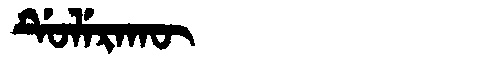
Manchu: ᡩᡠᠯᡝᡵᠠᡴᡡ
Romanization: DULERAKŪ